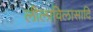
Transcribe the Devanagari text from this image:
लीलाविलासादि